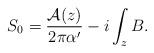
LaTeX: \begin{align*}S_0 =\frac{{\cal A}(z)}{2\pi\alpha^{\prime}}-i\int_z B.\end{align*}